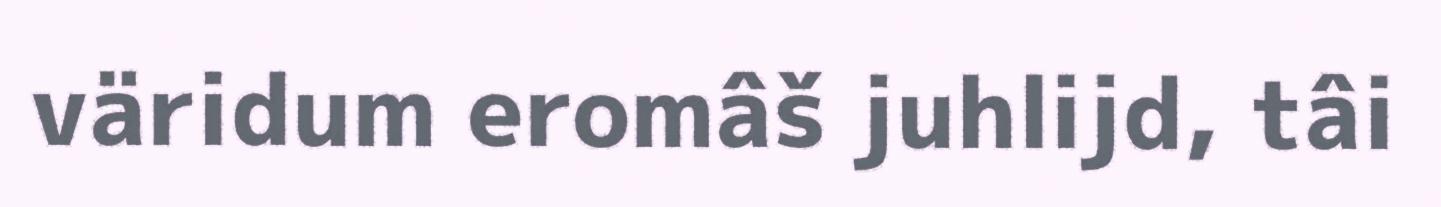
väridum eromâš juhlijd, tâi